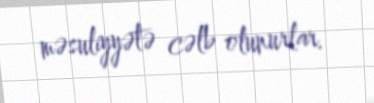
məsuliyyətə cəlb olunurlar.